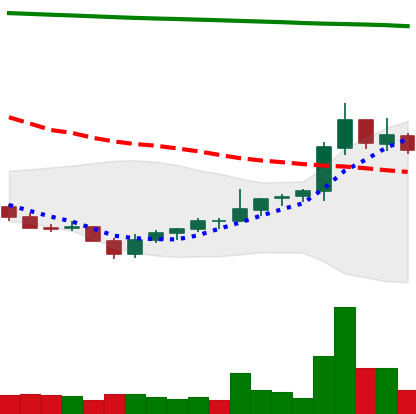
Ticker: NEO-USD
Chart end date: 2021-08-03
Forward return: 9.126%
Label: up_7plus